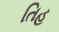
તિહ